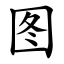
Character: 图